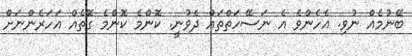
ބޭނުމެއް ނުވި. އެހެންވެ އެ ނަސޭހަތްތައް ދެވުނީ. ކޮންމެ ކޮންމެ ގޮތެއް އަހަރެންނަށް